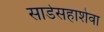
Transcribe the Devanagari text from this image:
साडेसहाशेवा